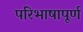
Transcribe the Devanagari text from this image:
परिभाषापूर्ण